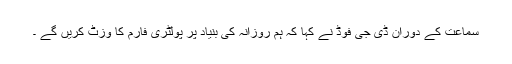
سماعت کے دوران ڈی جی فوڈ نے کہا کہ ہم روزانہ کی بنیاد پر پولٹری فارم کا وزٹ کریں گے ۔